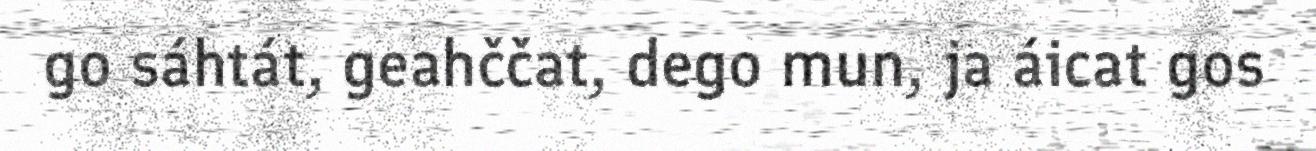
go sáhtát, geahččat, dego mun, ja áicat gos